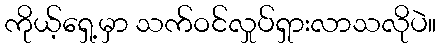
ကိုယ့်ရှေ့မှာ သက်ဝင်လှုပ်ရှားလာသလိုပဲ။